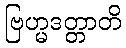
ဗြဟ္မဒတ္တာတိ